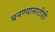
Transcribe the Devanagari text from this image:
बनण्यासाठीही